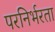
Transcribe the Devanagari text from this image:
परनिर्भरता